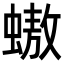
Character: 𧑃